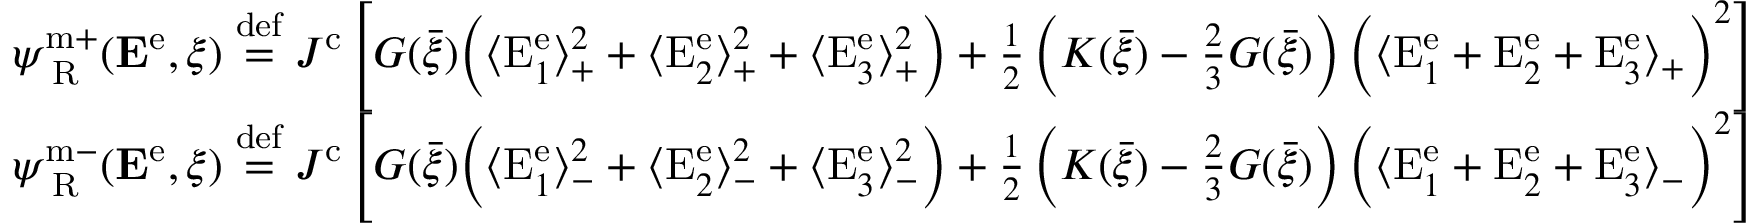
\begin{array} { r l } & { \psi _ { \mathrm { \tiny ~ R } } ^ { \mathrm { m + } } ( { \bf E } ^ { \mathrm { e } } , \xi ) \overset { \mathrm { d e f } } { = } J ^ { \mathrm { c } } \left[ G ( \bar { \xi } ) \bigg ( \langle \mathrm { E } _ { 1 } ^ { \mathrm { e } } \rangle _ { + } ^ { 2 } + \langle \mathrm { E } _ { 2 } ^ { \mathrm { e } } \rangle _ { + } ^ { 2 } + \langle \mathrm { E } _ { 3 } ^ { \mathrm { e } } \rangle _ { + } ^ { 2 } \bigg ) + \frac { 1 } { 2 } \left( K ( \bar { \xi } ) - \frac { 2 } { 3 } G ( \bar { \xi } ) \right) \bigg ( \langle \mathrm { E } _ { 1 } ^ { \mathrm { e } } + \mathrm { E } _ { 2 } ^ { \mathrm { e } } + \mathrm { E } _ { 3 } ^ { \mathrm { e } } \rangle _ { + } \bigg ) ^ { 2 } \right] } \\ & { \psi _ { \mathrm { \tiny ~ R } } ^ { \mathrm { m - } } ( { \bf E } ^ { \mathrm { e } } , \xi ) \overset { \mathrm { d e f } } { = } J ^ { \mathrm { c } } \left[ G ( \bar { \xi } ) \bigg ( \langle \mathrm { E } _ { 1 } ^ { \mathrm { e } } \rangle _ { - } ^ { 2 } + \langle \mathrm { E } _ { 2 } ^ { \mathrm { e } } \rangle _ { - } ^ { 2 } + \langle \mathrm { E } _ { 3 } ^ { \mathrm { e } } \rangle _ { - } ^ { 2 } \bigg ) + \frac { 1 } { 2 } \left( K ( \bar { \xi } ) - \frac { 2 } { 3 } G ( \bar { \xi } ) \right) \bigg ( \langle \mathrm { E } _ { 1 } ^ { \mathrm { e } } + \mathrm { E } _ { 2 } ^ { \mathrm { e } } + \mathrm { E } _ { 3 } ^ { \mathrm { e } } \rangle _ { - } \bigg ) ^ { 2 } \right] } \end{array}